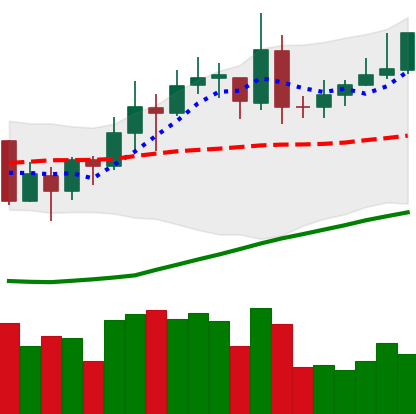
Ticker: XMR-USD
Chart end date: 2020-07-22
Forward return: 9.835%
Label: up_7plus